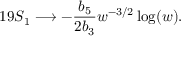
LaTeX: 1 9 S _ { 1 } \longrightarrow - \frac { b _ { 5 } } { 2 b _ { 3 } } w ^ { - 3 / 2 } \log ( w ) .